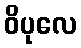
ဝိပုလေ